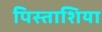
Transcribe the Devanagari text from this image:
पिस्ताशिया